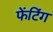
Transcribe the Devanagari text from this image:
फेंटिंग